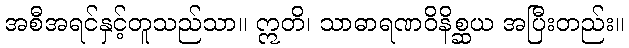
အစီအရင်နှင့်တူသည်သာ။ ဣတိ၊ သာဓာရဏဝိနိစ္ဆယ အပြီးတည်း။